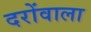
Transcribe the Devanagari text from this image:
दरोंवाला